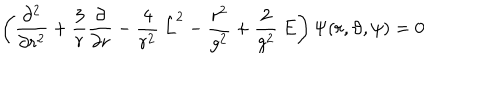
LaTeX: \left( \frac { \partial ^ { 2 } } { \partial r ^ { 2 } } + \frac { 3 } { r } \frac { \partial } { \partial r } - \frac { 4 } { r ^ { 2 } } \: \hat { L } ^ { 2 } - \frac { r ^ { 2 } } { g ^ { 2 } } + \frac { 2 } { g ^ { 2 } } \: E \right) \Psi ( r , \vartheta , \psi ) = 0